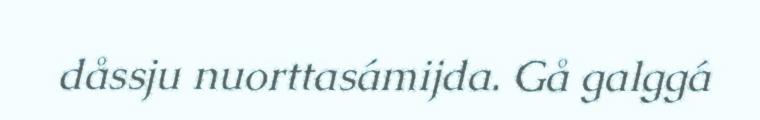
dåssju nuorttasámijda. Gå galggá